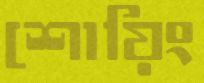
শোয়িং